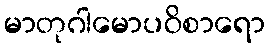
မာတုဂါမောပဝိစာရော